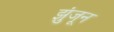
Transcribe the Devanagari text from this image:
झुंजून